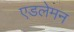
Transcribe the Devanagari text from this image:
एडलेमन